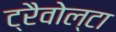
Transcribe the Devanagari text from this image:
ट्रैवोल्टा